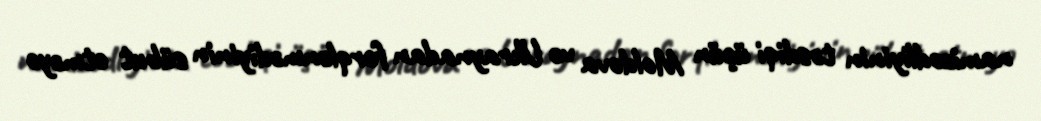
namizədliyinin təsdiqi üçün Moldova və Ukraynadan fərqlənmədiyinin sübut etməyə